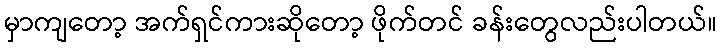
မှာကျတော့ အက်ရှင်ကားဆိုတော့ ဖိုက်တင် ခန်းတွေလည်းပါတယ်။